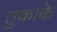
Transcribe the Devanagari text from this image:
तुकाके